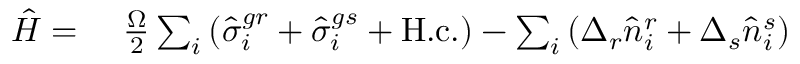
\begin{array} { r l } { \hat { H } = \ } & { { } \frac { \Omega } { 2 } \sum _ { i } \left( \hat { \sigma } _ { i } ^ { g r } + \hat { \sigma } _ { i } ^ { g s } + \mathrm { H . c . } \right) - \sum _ { i } \left( \Delta _ { r } \hat { n } _ { i } ^ { r } + \Delta _ { s } \hat { n } _ { i } ^ { s } \right) } \end{array}